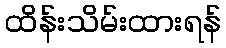
ထိန်းသိမ်းထားရန်